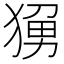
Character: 𬌼